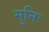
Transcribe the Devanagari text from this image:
मुनिः